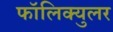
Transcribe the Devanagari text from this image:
फॉलिक्युलर